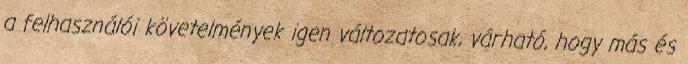
a felhasználói követelmények igen változatosak, várható, hogy más és